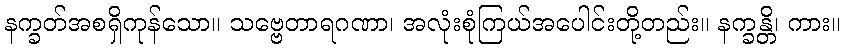
နက္ခတ်အစရှိကုန်သော။ သဗ္ဗေတာရဂဏာ၊ အလုံးစုံကြယ်အပေါင်းတို့တည်း။ နက္ခန္တိ၊ ကား။